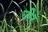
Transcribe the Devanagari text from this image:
घीरे